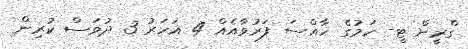
ގްރީން ޓީ- ހަމުގެ ޚާއްސަ ފަރުވާއެއް 4 އަހަރު 3 ދުވަސް ކުރިން